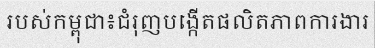
របស់កម្ពុជា៖ជំរុញបង្កើតផលិតភាពការងារ